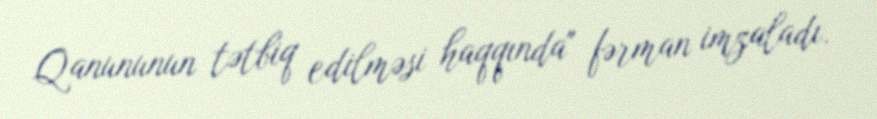
Qanununun tətbiq edilməsi haqqında" fərman imzaladı.